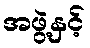
အဖွဲ့နှင့်